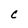
Character: C